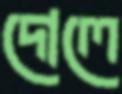
দোলে